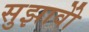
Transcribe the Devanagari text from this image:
सुझावोें